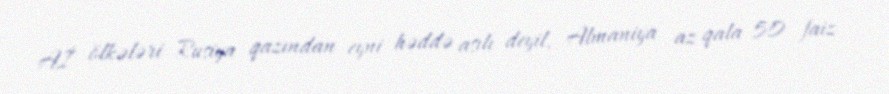
Aİ ölkələri Rusiya qazından eyni həddə asılı deyil, Almaniya az qala 50 faiz